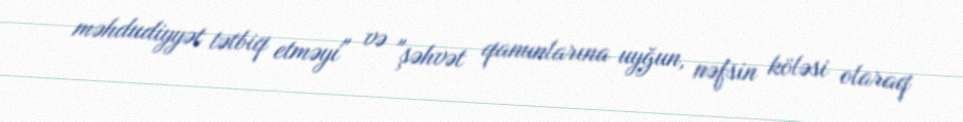
məhdudiyyət tətbiq etməyi" və "şəhvət qanunlarına uyğun, nəfsin köləsi olaraq